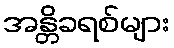
အန္တိခရစ်များ